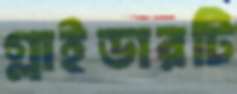
গ্লাইডারটি